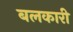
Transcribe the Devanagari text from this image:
बलकारी